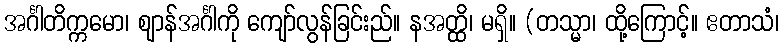
အင်္ဂါတိက္ကမော၊ ဈာန်အင်္ဂါကို ကျော်လွန်ခြင်းည်။ နအတ္ထိ၊ မရှိ။ (တသ္မာ၊ ထို့ကြောင့်။ ဧတာသံ၊